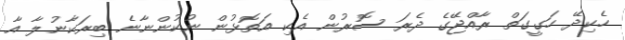
ހެކިދޭ ހަގީގަތް ރާއްޖޭގެ ދެރަ ސޮރުން އެކި އަތޮޅުން ނުކުންނާނެ ބިރަކާނުލާ އާ